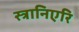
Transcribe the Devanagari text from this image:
स्त्रानिएरि